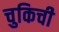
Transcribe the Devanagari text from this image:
चुकिची